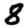
Digit: 8